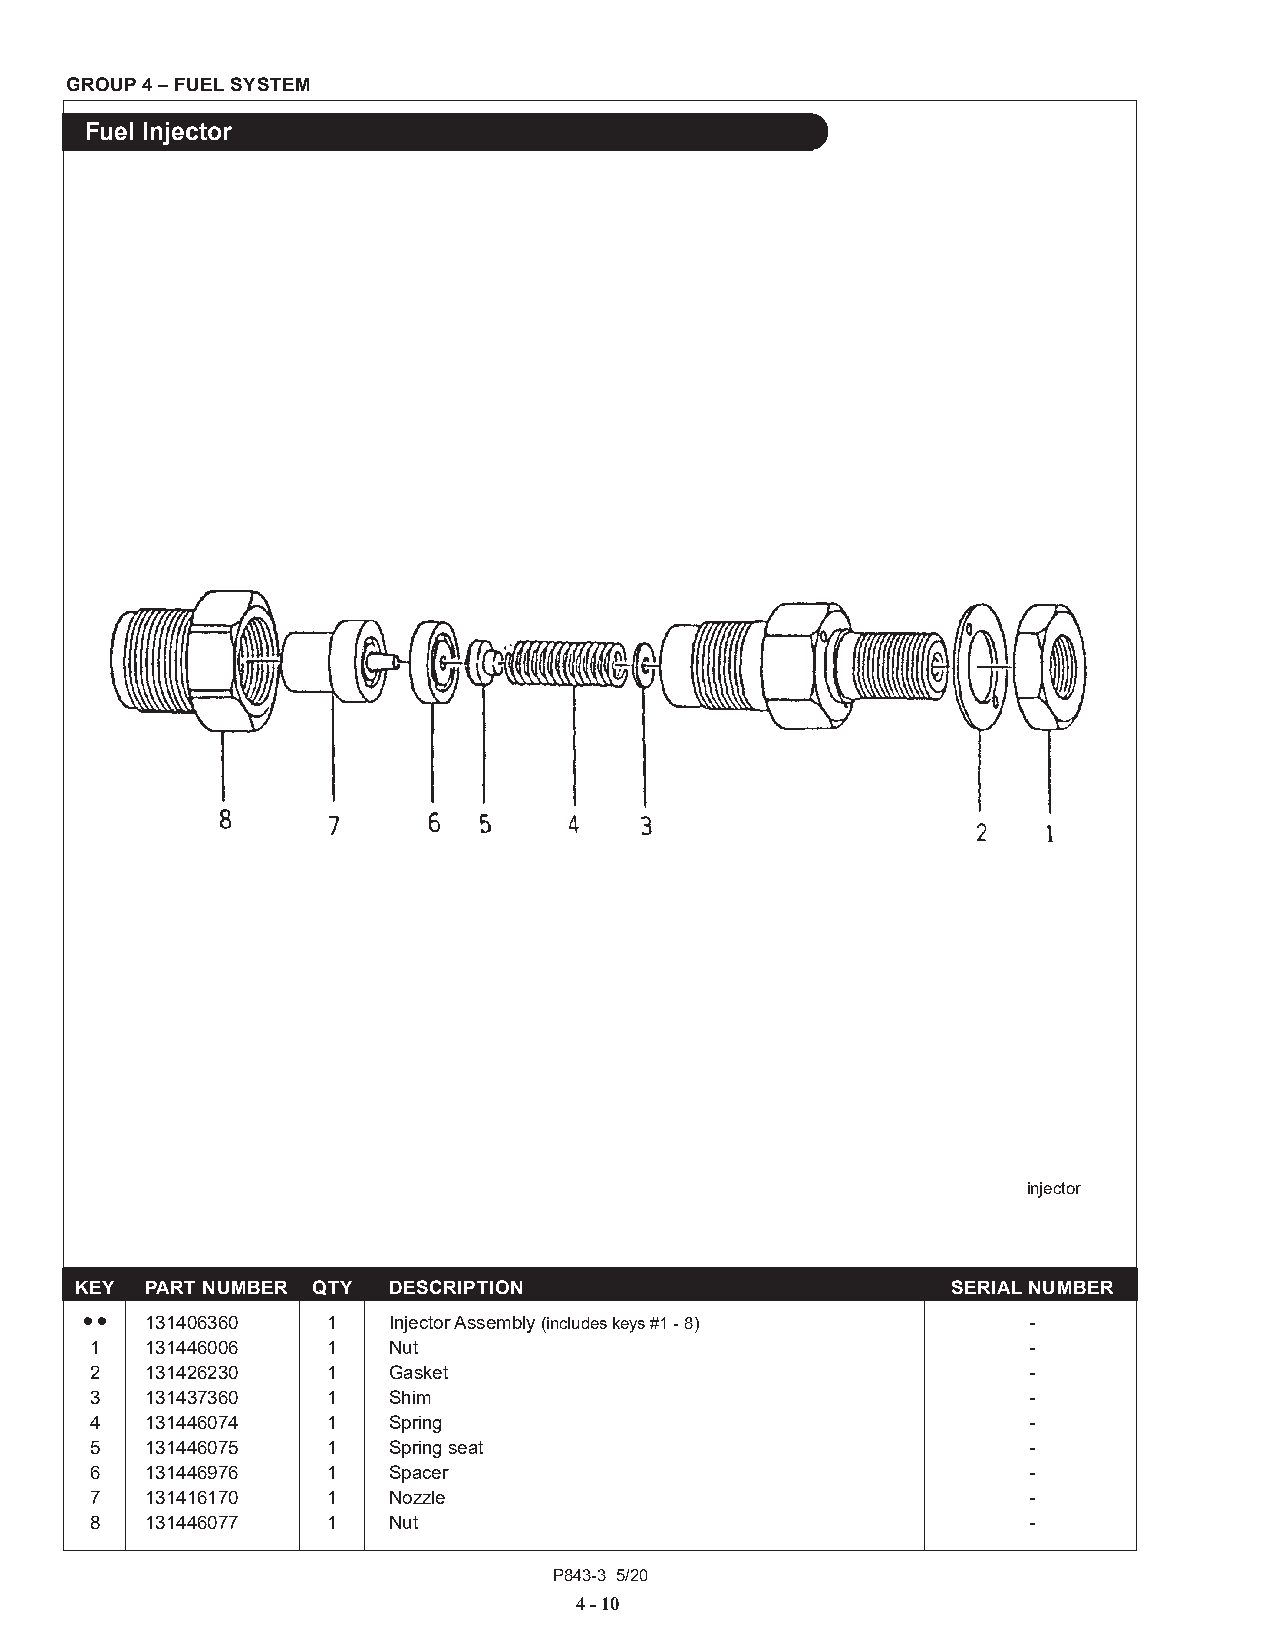
GROUP 4 – FUEL SYSTEM
 Fuel Injector
 injector
 KEY  PART NUMBER QTY DESCRIPTION                          SERIAL NUMBER
 ••   131406360   1   Injector Assembly (includes keys #1 - 8)  -
 1   131446006   1   Nut                                       -
 2   131426230   1   Gasket                                    -
 3   131437360   1   Shim                                      -
 4   131446074   1   Spring                                    -
 5   131446075   1   Spring seat                               -
 6   131446976   1   Spacer                                    -
 7   131416170   1   Nozzle                                    -
 8   131446077   1   Nut                                       -
 P843-3 5/20
 4 - 10